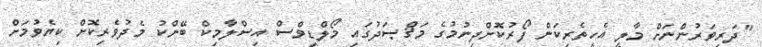
"ދަރިވަރުންނަށް މާލީ އެހީތެރިކަން ފޯރުކޮށްދިނުމުގެ މަޤްޞަދުގައި މޯލްޑިވްސް އިސްލާމިކް ބޭންކު މެދުވެރިކޮށް ކިޔެވުމަށް